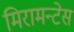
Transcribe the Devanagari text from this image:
मिरामन्टेस